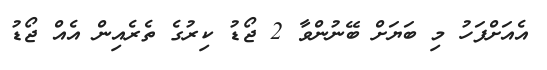
އެއަށްފަހު މި ބަޔަށް ބޭނުންވާ 2 ޖޯޑު ކިރުގެ ތެރެއިން އެއް ޖޯޑު